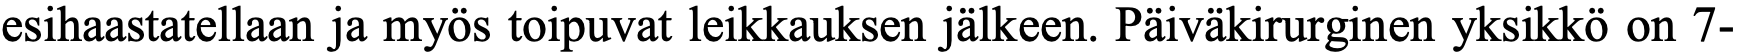
esihaastatellaan ja myös toipuvat leikkauksen jälkeen. Päiväkirurginen yksikkö on 7-